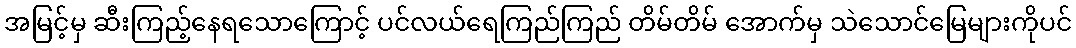
အမြင့်မှ ဆီးကြည့်နေရသောကြောင့် ပင်လယ်ရေကြည်ကြည် တိမ်တိမ် အောက်မှ သဲသောင်မြေများကိုပင်